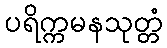
ပရိက္ကမနသုတ္တံ